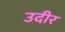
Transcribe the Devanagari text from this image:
उदीर